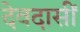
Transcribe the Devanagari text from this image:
देवदासीं